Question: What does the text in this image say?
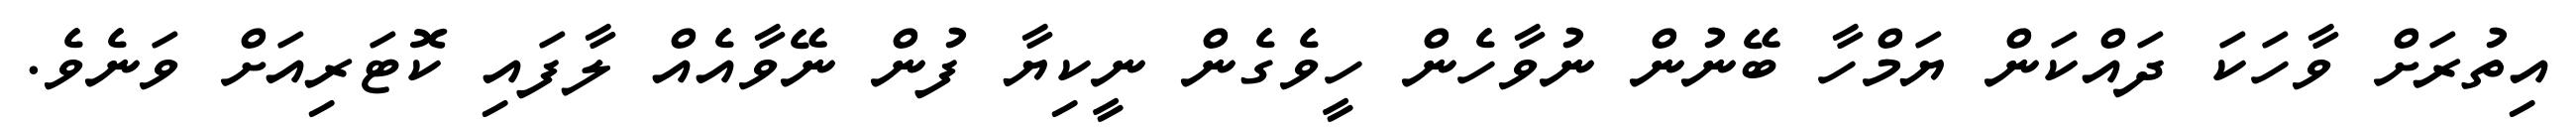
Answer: އިތުރަށް ވާހަކަ ދައްކަން ޔަމްހާ ބޭނުން ނުވާހެން ހީވެގެން ނީކިޔާ ފުން ނޭވާއެއް ލާފައި ކޮޓަރިއަށް ވަނެވެ.